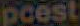
pcest